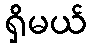
ရှိမယ်